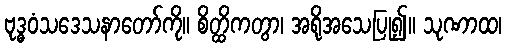
ဗုဒ္ဓဝံသဒေသနာတော်ကို။ စိတ္ထိကတွာ၊ အရိုအသေပြု၍။ သုဏာထ၊